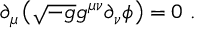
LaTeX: \partial _ { \mu } \left( \sqrt { - g } g ^ { \mu \nu } \partial _ { \nu } \phi \right) = 0 \ .